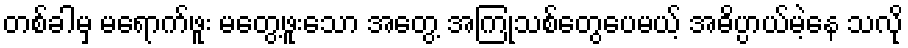
တစ်ခါမှ မရောက်ဖူး မတွေ့ဖူးသော အတွေ့ အကြုံသစ်တွေပေမယ့် အဓိပ္ပာယ်မဲ့နေ သလို